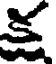
క్ష